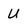
Character: U